system: You are a helpful assistant.
user:
Analyze the provided spectrum to determine if it is a **"Cataclysmic Variables (CV)"**.

- **Key Indicators for CV (Check for either state):**
    - **State 1: Quiescent / Low-State (Emission-Dominated)**
        - **(Primary):** Strong and *very broad* Hydrogen Balmer emission lines (e.g., $H\alpha$ at 6563 Å, $H\beta$ at 4861 Å). The 'broadness' (high velocity dispersion, often FWHM > 1000 km/s) is the key diagnostic, indicating a high-velocity accretion disk.
        - **(Secondary):** Broad neutral Helium (He I) emission lines (e.g., 5876 Å, 6678 Å).
        - **(Key Confirmation):** Presence of high-excitation *ionized* Helium (He II) emission at 4686 Å. This is a strong indicator of accretion onto a white dwarf.
        - **(Line Profile):** Emission lines may exhibit a 'double-peaked' profile, which is a classic signature of a rotating accretion disk viewed at high inclination.

    - **State 2: Outburst / High-State (Absorption-Dominated)**
        - **(Primary):** Spectrum is dominated by a bright, blue continuum (looks like a hot star).
        - **(Secondary):** The emission lines from State 1 are weak, absent, or 'filled in', and are replaced by broad, shallow *absorption* lines (primarily Balmer and He I).
        - **(Morphology):** The overall spectrum mimics a hot B/A-type star. The crucial difference is that the absorption lines are significantly broader, shallower, and more 'washed-out' (or 'smeared') than the sharp lines of a normal stellar photosphere, due to high rotational speeds and pressure broadening in the disk.

Think first, call **spectral_visualization_tool** if needed to examine features in detail, then provide your final answer. Your response must adhere to the following strict rules:
1.  **Overall Structure:** Your response must follow the format `<think>...</think> <tool_call>...</tool_call> (if a tool is used) <answer>...</answer>`.
2.  **Tool Usage Constraint:** You may only make **one** tool call per turn.
3.  **Final Answer Format:** In the `<answer>` tag, your conclusion must be inside a `\boxed{}` command (e.g., `\boxed{YES}`), followed by your justification.

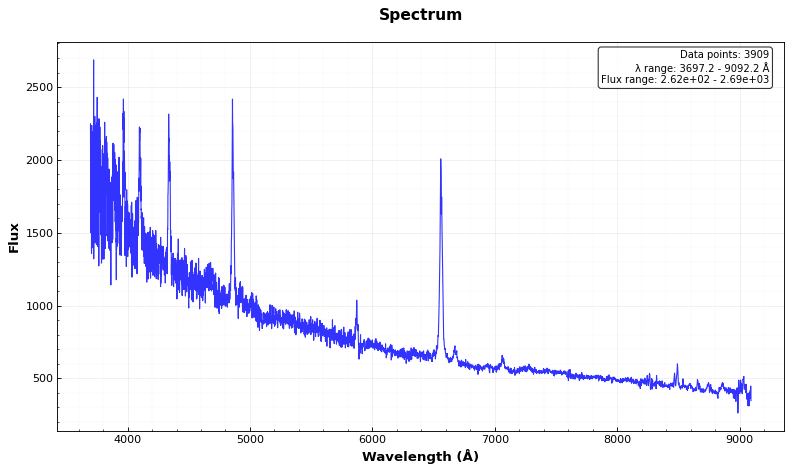
Answer: YES